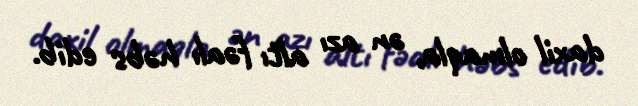
daxil olmaqla, ən azı altı fəalı həbs edib.